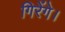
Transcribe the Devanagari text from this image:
गिरेंगे।